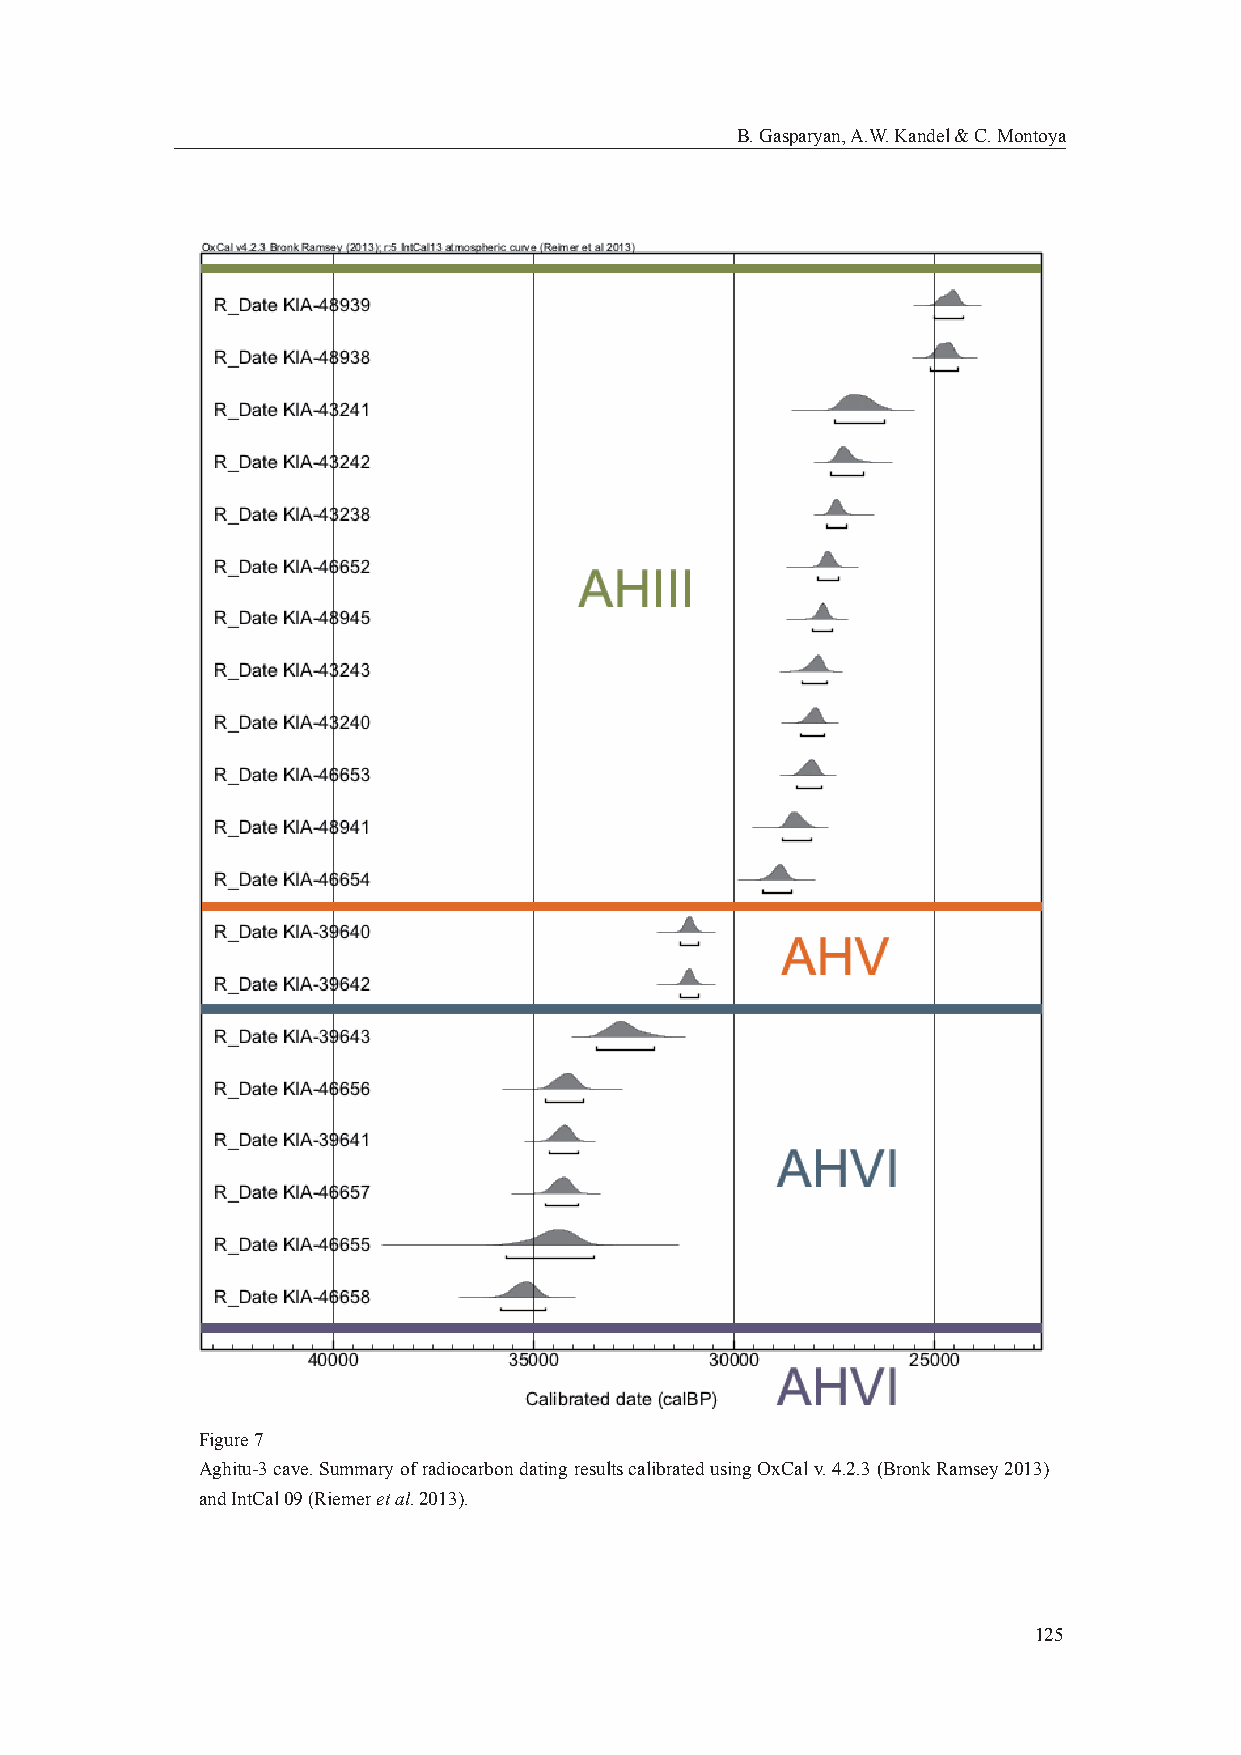
B. Gasparyan, A.W. Kandel & C. Montoya
 Figure 7
 Aghitu-3 cave. Summary of radiocarbon dating results calibrated using OxCal v. 4.2.3 (Bronk Ramsey 2013)
 and IntCal 09 (Riemer et al. 2013).
 125